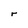
Character: r